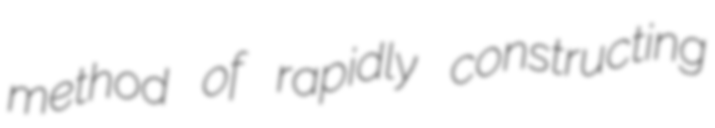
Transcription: method of rapidly constructing